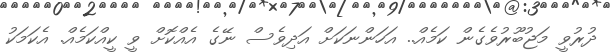
ދުރުވީ މަޖުބޫރުވެގެން ކަމެއް.. އަހަންނަކަށް އަދިވެސް ނޭގެ އެއްކޮށް ވީ ކީއްކަމެއް. އެކަމަކު